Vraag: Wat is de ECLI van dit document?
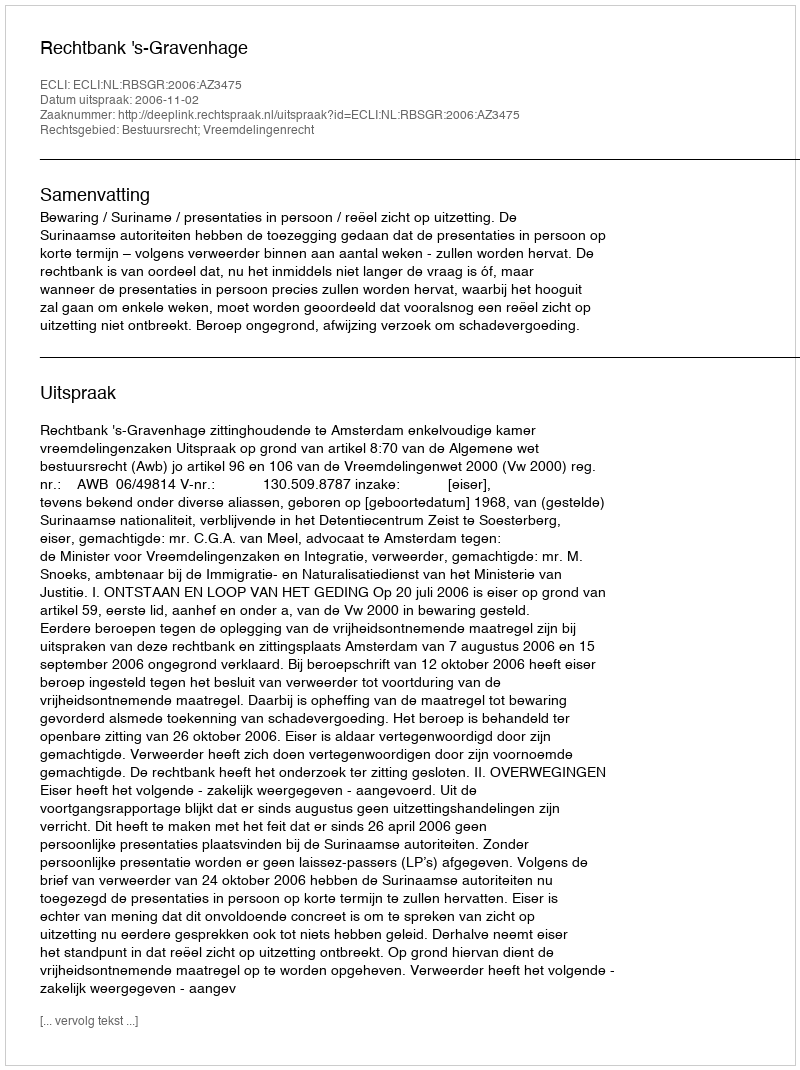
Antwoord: ECLI:NL:RBSGR:2006:AZ3475